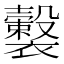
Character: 𧞺